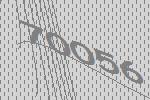
70056